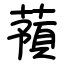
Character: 蕷